Malaria in India - Number 2
Disease focus: Malaria
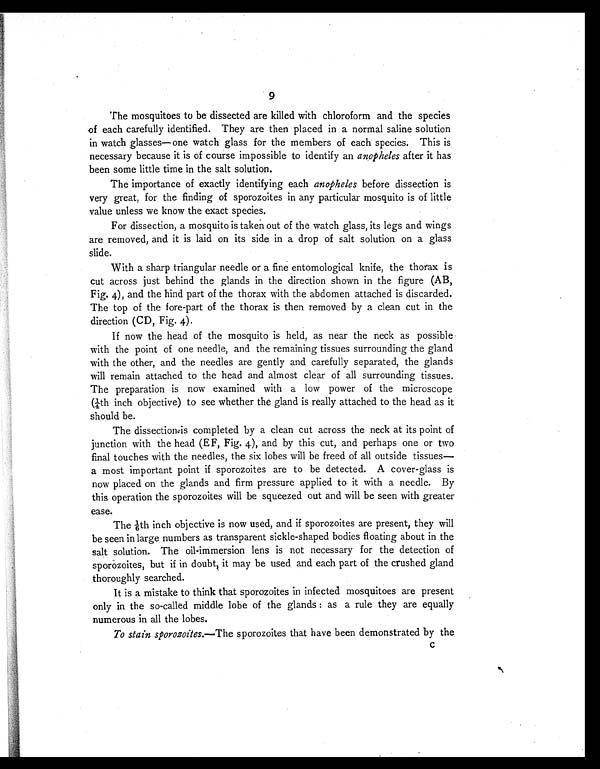
9
The mosquitoes to be dissected are killed with chloroform and the species
of each carefully identified. They are then placed in a normal saline solution
in watch glasses—one watch glass for the members of each species. This is
necessary because it is of course impossible to identify an anopheles after it has
been some little time in the salt solution.
The importance of exactly identifying each anopheles before dissection is
very great, for the finding of sporozoites in any particular mosquito is of little
value unless we know the exact species.
For dissection, a mosquito is taken out of the watch glass, its legs and wings
are removed, and it is laid on its side in a drop of salt solution on a glass
slide.
With a sharp triangular needle or a fine entomological knife, the thorax is
cut across just behind the glands in the direction shown in the figure (AB,
Fig. 4), and the hind part of the thorax with the abdomen attached is discarded.
The top of the fore-part of the thorax is then removed by a clean cut in the
direction (CD, Fig. 4).
If now the head of the mosquito is held, as near the neck as possible
with the point of one needle, and the remaining tissues surrounding the gland
with the other, and the needles are gently and carefully separated, the glands
will remain attached to the head and almost clear of all surrounding tissues.
The preparation is now examined with a low power of the microscope
( 1 / 4 t h i n c h o b j e c t i v e ) t o s e e w h e t h e r t h e g l a n d i s r e a l l y a t t a c h e d t o t h e h e a d a s i t
should be.
The dissection is completed by a clean cut across the neck at its point of
junction with the head (EF, Fig. 4), and by this cut, and perhaps one or two
final touches with the needles, the six lobes will be freed of all outside tissues
— a m o s t i m p o r t a n t p o i n t i f s p o r o z o i t e s a r e t o b e d e t e c t e d . A c o v e r - g l a s s i s
now placed on the glands and firm pressure applied to it with a needle. By
this operation the sporozoites will be squeezed out and will be seen with greater
ease.
T h e 1 / 6 t h i n c h o b j e c t i v e i s n o w u s e d , a n d i f s p o r o z o i t e s a r e p r e s e n t , t h e y w i l l
be seen in large numbers as transparent sickle-shaped bodies floating about in the
salt solution. The oil-immersion lens is not necessary for the detection of
sporozoites, but if in doubt, it may be used and each part of the crushed gland
thoroughly searched.
It is a mistake to think that sporozoites in infected mosquitoes are present
only in the so-called middle lobe of the glands : as a rule they are equally
numerous in all the lobes.
To stain sporozoites.— The sporozoites that have been demonstrated by the
c